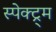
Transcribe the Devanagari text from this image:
स्पेक्ट्र्म